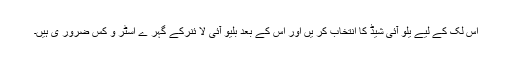
اس لک کے لیے یلو آئی شیڈ کا انتخاب کر یں اور اس کے بعد بلیو آئی لا ئنرکے گہر ے اسٹر و کس ضرور ی ہیں۔